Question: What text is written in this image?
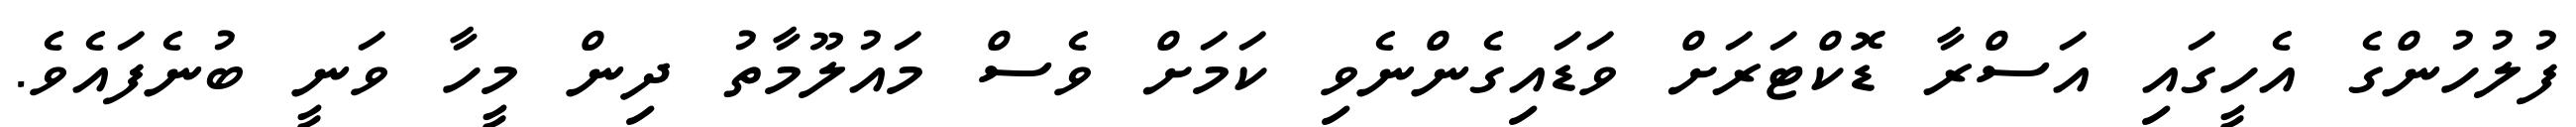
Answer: ފުލުހުންގެ އެހީގައި އަސްރާ ޑޮކްޓަރަށް ވަޑައިގެންނެވި ކަމަށް ވެސް މައުލޫމާތު ދިން މީހާ ވަނީ ބުނެފައެވެ.